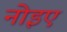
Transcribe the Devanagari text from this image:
नोइए